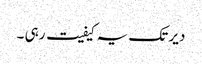
دیر تک یہ کیفیت رہی ۔